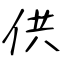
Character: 供